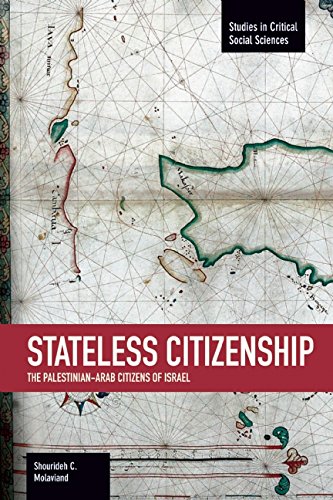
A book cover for Stateless Citizenship: The Palestinian-Arab Citizens of Israel (Studies in Critical Social Sciences); Shourideh  C. Molavi; Law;